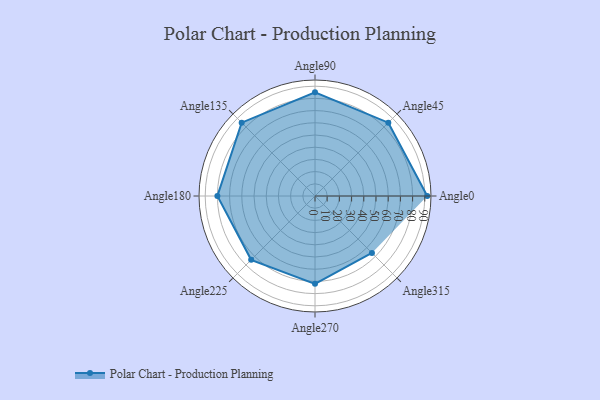
{"axis": {"x": "Angle", "y": "Radius"}, "legend": [""], "data": [{"x": "Angle0", "y": 92.0, "type": ""}, {"x": "Angle45", "y": 85.0, "type": ""}, {"x": "Angle90", "y": 85.0, "type": ""}, {"x": "Angle135", "y": 85.0, "type": ""}, {"x": "Angle180", "y": 80.0, "type": ""}, {"x": "Angle225", "y": 74.0, "type": ""}, {"x": "Angle270", "y": 72.0, "type": ""}, {"x": "Angle315", "y": 66.0, "type": ""}]}